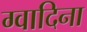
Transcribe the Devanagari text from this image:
ग्वादिना